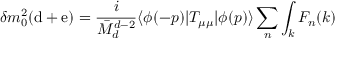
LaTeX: \delta m _ { 0 } ^ { 2 } ( \mathrm { d } + \mathrm { e } ) = \frac { i } { \bar { M } _ { d } ^ { d - 2 } } \langle { \phi ( - p ) } | T _ { \mu \mu } | \phi ( p ) \rangle \sum _ { n } \int _ { k } F _ { n } ( k )